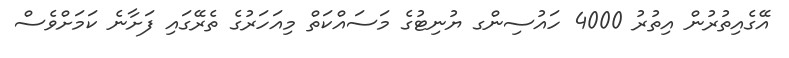
އޭގެއިތުރުން އިތުރު 4000 ހައުސިންގ ޔުނިޓުގެ މަސައްކަތް މިއަހަރުގެ ތެރޭގައި ފަށާނެ ކަމަށްވެސް